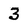
Character: 3